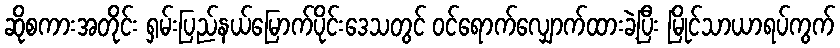
ဆိုစကားအတိုင်း ရှမ်းပြည်နယ်မြောက်ပိုင်းဒေသတွင် ဝင်ရောက်လျှောက်ထားခဲ့ပြီး မြိုင်သာယာရပ်ကွက်